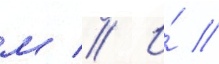
м // И́ //